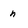
Character: n